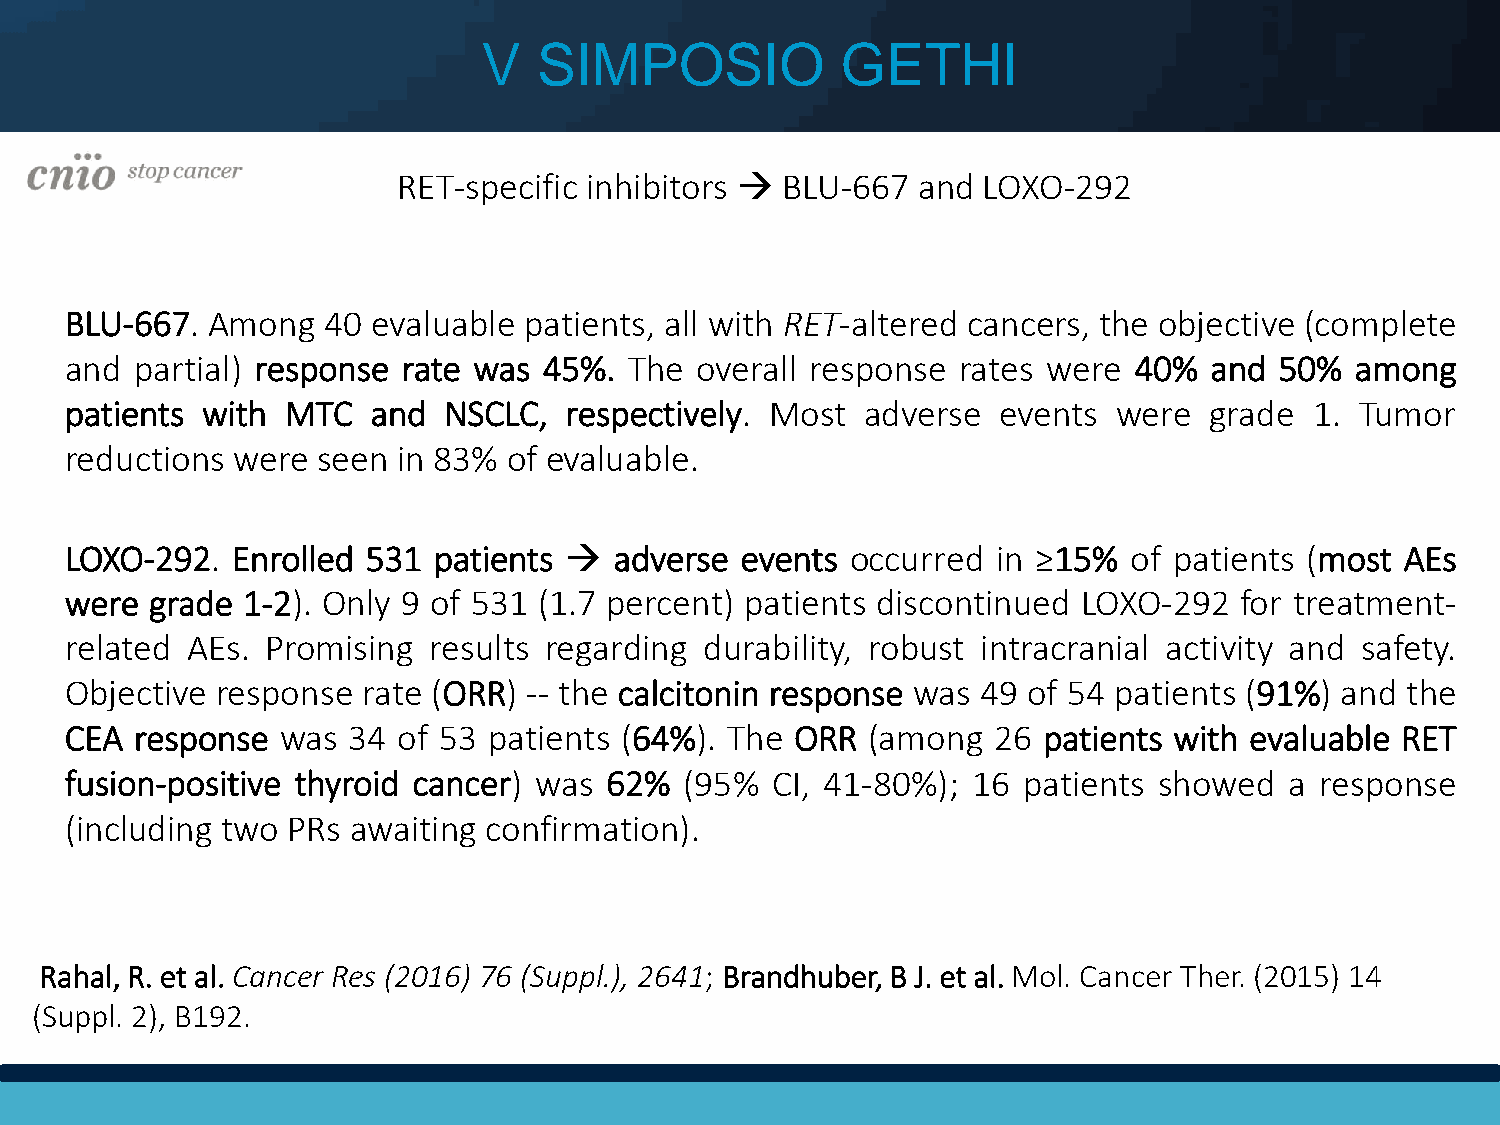
V   SIMPOSIO            GETHI
 RET-specific inhibitors  BLU-667  and LOXO-292
 BLU-667.  Among  40  evaluable patients, all with RET-altered cancers, the objective (complete
 and  partial) response rate was 45%.  The overall response rates were  40%  and  50%  among
 patients with  MTC   and NSCLC,  respectively. Most  adverse  events  were  grade  1. Tumor
 reductions were  seen in 83%  of evaluable.
 LOXO-292.  Enrolled 531  patients   adverse events occurred  in ≥15%  of patients (most AEs
 were  grade 1-2). Only 9 of 531 (1.7 percent) patients discontinued LOXO-292  for treatment-
 related AEs.  Promising results regarding  durability, robust intracranial activity and safety.
 Objective response  rate (ORR) -- the calcitonin response was 49 of 54 patients (91%) and the
 CEA  response  was 34 of 53 patients (64%). The  ORR (among   26 patients with evaluable RET
 fusion-positive thyroid cancer) was 62%  (95%  CI, 41-80%); 16  patients showed  a response
 (including two PRs awaiting confirmation).
 Rahal, R. et al. Cancer Res (2016) 76 (Suppl.), 2641; Brandhuber, B J. et al. Mol. Cancer Ther. (2015) 14
 (Suppl. 2), B192.